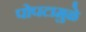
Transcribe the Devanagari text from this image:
पोपटामुळे